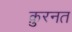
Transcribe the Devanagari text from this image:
क़ुरनत